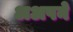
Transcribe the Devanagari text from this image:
अअपने